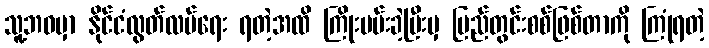
သူ့ဘဝမှာ နိုင်ငံလွတ်လပ်ရေး ရတဲ့အထိ ကြိုးပမ်းခဲ့ပြီးမှ ပြည်တွင်းစစ်ဖြစ်တာကို ကြုံရတဲ့